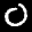
Label: 0